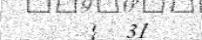
}  31